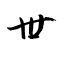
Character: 丗